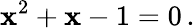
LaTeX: \mathbf{x}^{2}+\mathbf{x}-1=0\, .